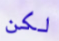
لكن